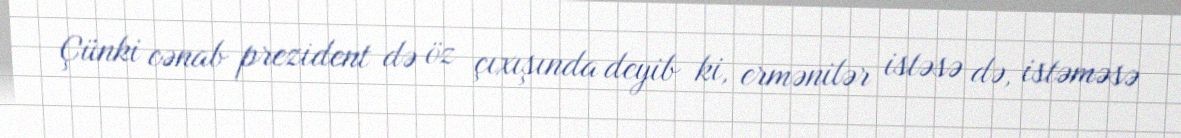
Çünki cənab prezident də öz çıxışında deyib ki, ermənilər istəsə də, istəməsə